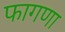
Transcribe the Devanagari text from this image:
फागणा